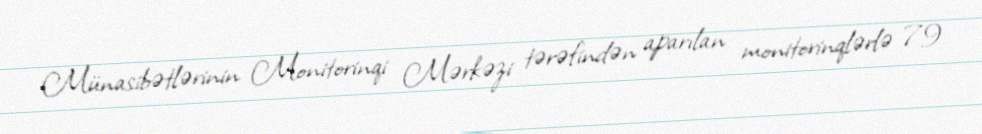
Münasibətlərinin Monitorinqi Mərkəzi tərəfindən aparılan monitorinqlərlə 79